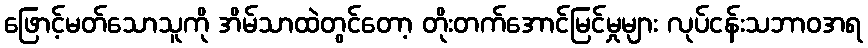
ဖြောင့်မတ်သောသူကို အိမ်သာထဲတွင်တော့ တိုးတက်အောင်မြင်မှုများ လုပ်ငန်းသဘာဝအရ